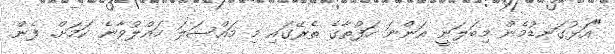
"އަޅުގަނޑުމެން މިބަލަނީ އަންނަ ހަފުތާގެ ތެރޭގައި މި މައްސަލަ ހައްލުވާނެ ކަމަށް. ފެން